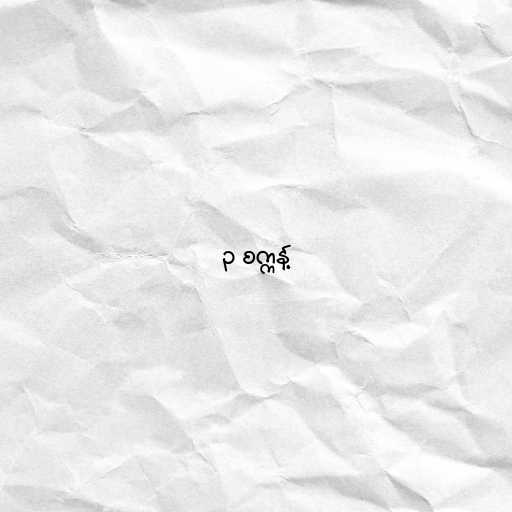
၃ စက္ကန့်